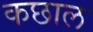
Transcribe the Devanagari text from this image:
कछाल